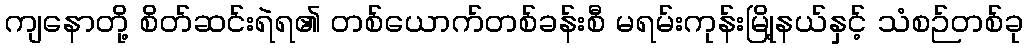
ကျနောတို့ စိတ်ဆင်းရဲရ၏ တစ်ယောက်တစ်ခန်းစီ မရမ်းကုန်းမြို့နယ်နှင့် သံစဉ်တစ်ခု